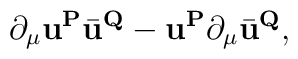
\partial_{\mu}{\mathbf{u}}^{\mathbf{P}}\bar{\mathbf{u}}^{\mathbf{Q}}      -{\mathbf{u}}^{\mathbf{P}}\partial_{\mu}\bar{\mathbf{u}}^{\mathbf{Q}},